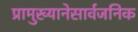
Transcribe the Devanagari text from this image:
प्रामुख्यानेसार्वजनिक